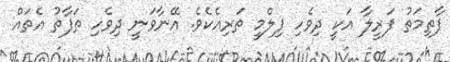
ފާތިމަތު ފަރީލާ އަކީ ދިވެހި ފިލްމީ ތަރިއެކެވެ. އޭނާވަނީ ދިވެހި ތަފާތު އެތައް